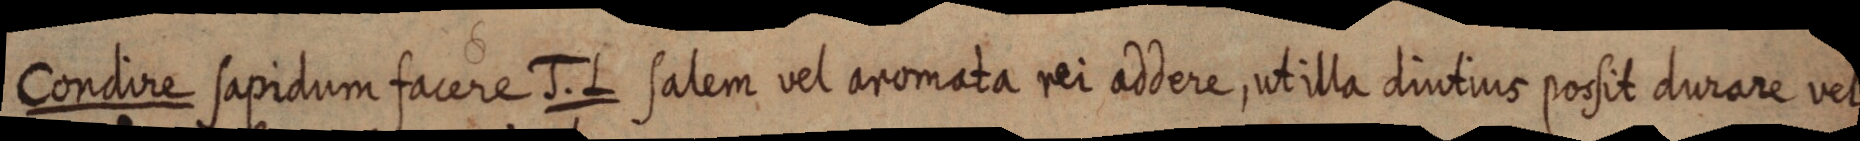
Condire sapidum facere J. L salem vel aromata rei addere, utilla diutius possit durare vel